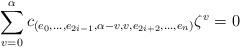
LaTeX: \begin{align*}\sum_{v=0}^{\alpha} c_{(e_0, \dots , e_{2i-1}, \alpha -v, v, e_{2i+2}, \dots , e_n)} \zeta^{v} =0\end{align*}